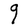
Character: q